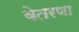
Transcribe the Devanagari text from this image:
वेतरणा